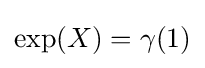
\exp(X)=\gamma (1)